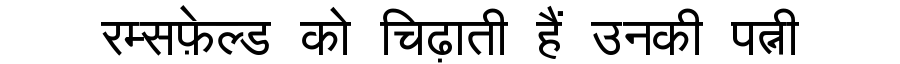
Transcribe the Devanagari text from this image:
रम्सफ़ेल्ड को चिढ़ाती हैं उनकी पत्नी